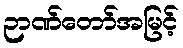
ဉာဏ်တော်အမြင့်